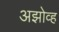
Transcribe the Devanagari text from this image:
अझोव्ह